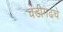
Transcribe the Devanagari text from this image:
चंडीगढचे